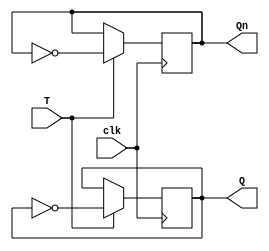
module T_ff (
    input T, // input signal T
    input clk, // clock signal
    output reg Q, // output signal Q
    output reg Qn // output signal Q'
);

always @(posedge clk) begin
    if(T) begin
        Q <= ~Q; // toggle the output Q
        Qn <= ~Qn; // toggle the output Q'
    end
end

endmodule